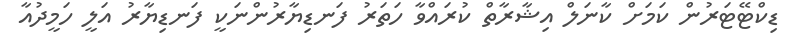
ޑިކްޓޭޓަރުން ކަމަށް ކާނަލް އިޝާރާތް ކުރައްވާ ހަތަރު ފަނޑިޔާރުންނަކީ ފަނޑިޔާރު އަލީ ހަމީދުއާ